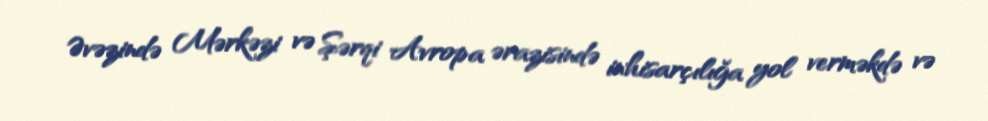
Əvəzində Mərkəzi və Şərqi Avropa ərazisində inhisarçılığa yol verməkdə və